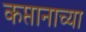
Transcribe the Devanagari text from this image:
कप्तानाच्या